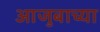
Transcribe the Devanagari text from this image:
आजुबाच्या